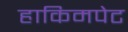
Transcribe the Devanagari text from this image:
हाकिमपेट